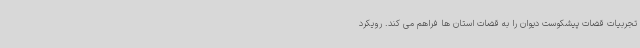
تجربیات قضات پیشکوست دیوان را به قضات استان ها فراهم می کند. رویکرد